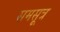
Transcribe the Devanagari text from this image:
समसूत्र